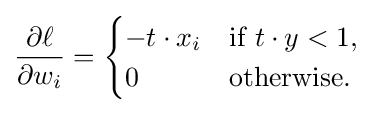
{\frac {\partial \ell }{\partial w_{i}}}={\begin{cases}-t\cdot x_{i}&{\text{if }}t\cdot y<1,\\0&{\text{otherwise}}.\end{cases}}